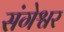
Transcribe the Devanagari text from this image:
संगेश्वर